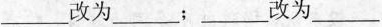
___改为___；___改为___